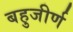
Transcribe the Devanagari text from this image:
बहुजीर्ण